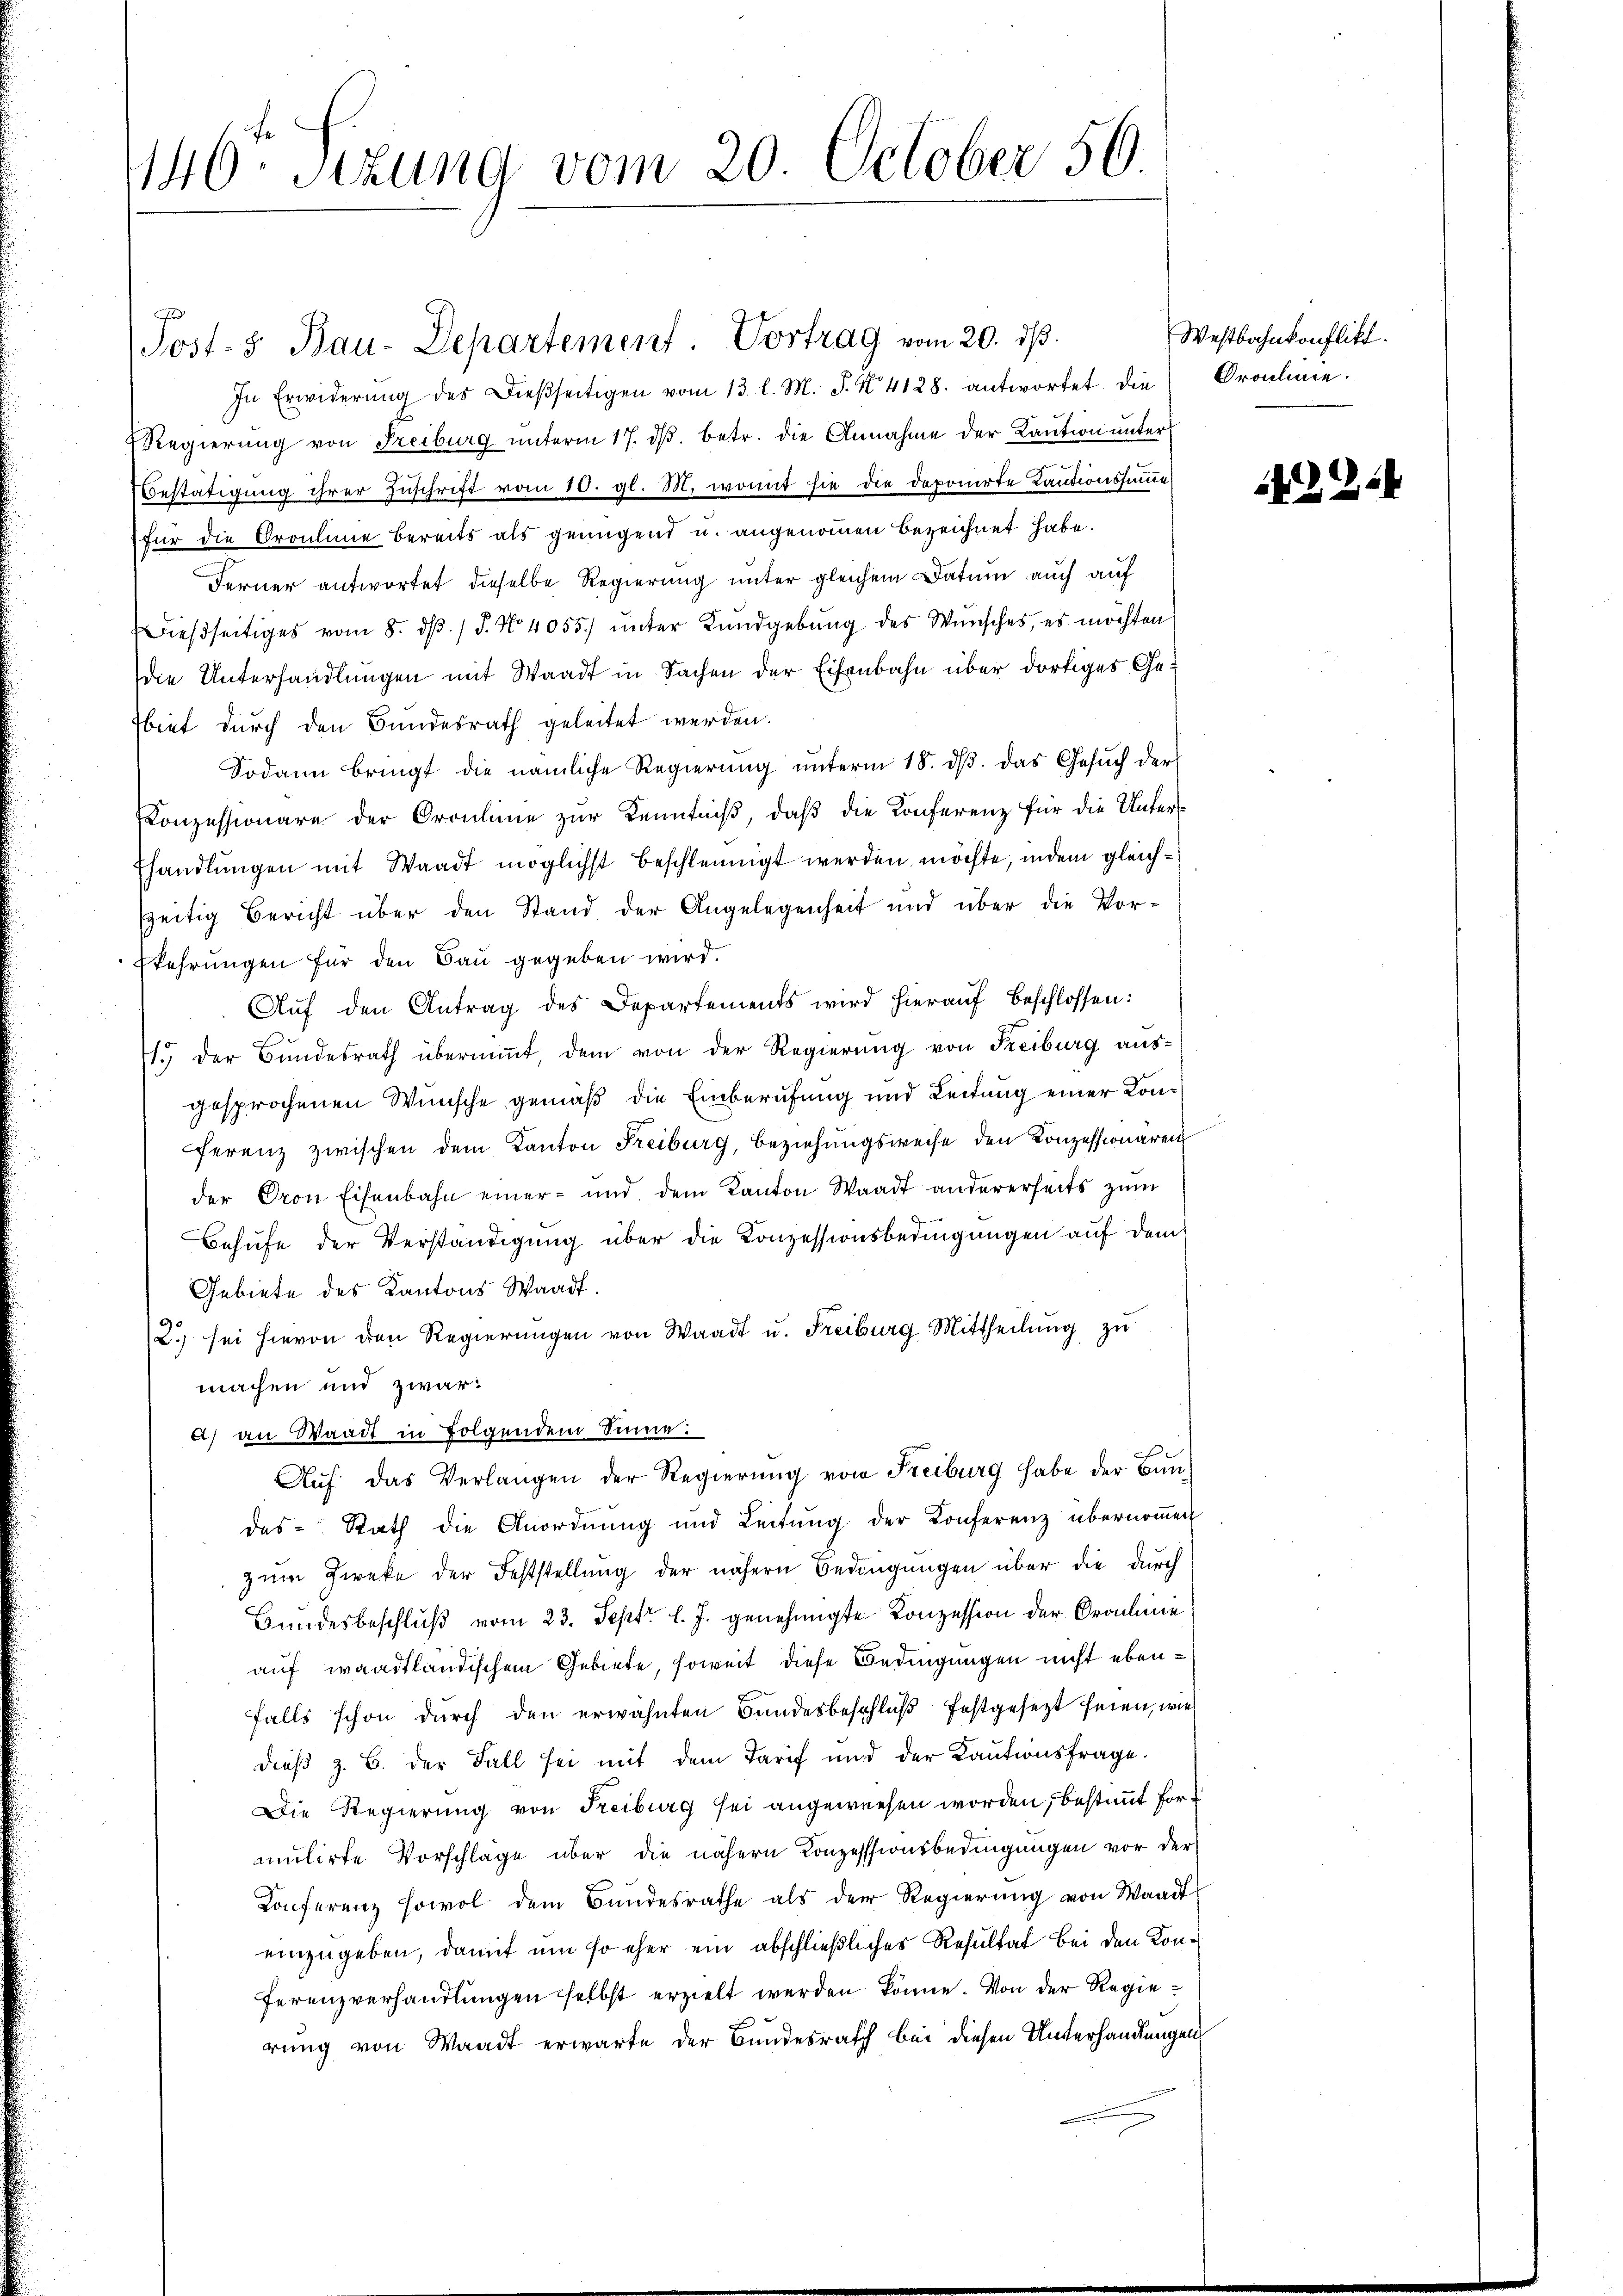
146 Sezung vom 20. October 50

In Erwiderŭng des Dieβseitigen vom 13. l. M. J. N. 4128. antwortet die Prachmie.
Regierung von Freiburg unterm 17. dβ. betr. die Annahme der Kaution unter
Bestätigung ihrer Zuschrift vom 10. gl. M. womit sie die deponirte Kautionssumme
für die Croulinie bereits als genügend u. angenommen bezeichnet habe.
Ferner antwortet dieselbe Regierung unter gleichem Datum auch auf
dießseitiges vom 8. ds. / 5. No 4055) unter Kundgebung des Wunsches, es möchten
die Unterhandlungen mit Waadt in Sachen der Eisenbahn über dortiges Gebiet durch den Bundesrath geleitet werden.
Sodann bringt die nämliche Regierŭng ŭnterm 18. dβ das Gesŭch der
Konzessionäre der Oraulinie zur Kenntniß, daß die Konferenz für die Unter¬
Ehandlungen mit Waadt möglichst beschleunigt werden möchte, indem gleichszeitig Bericht über den Stand der Angelegenheit und über die Vor¬
Ekehrungen für den Bau gegeben wird.
Auf den Antrag des Departements wird hierauf beschlossen:
1.) Der Bundesrath übernimmt, dem von der Regierung von Freiburg ausgesprochenen Wünsche gemäß die Einberufung und Leitung einer Konferenz zwischen dem Kanton Freiburg, Beziehungsweise den Konzessionaren
der Pron Eisenbahn einer- und dem Kanton Waadt andererseits zŭm
Behufe der Verständigung über die Konzessionsbedingungen auf dem
Gebiete des Kantons Waadt.
2.) sei hievon den Regierungen von Waadt u. Freiburg Mittheilung zu
machen und zwar:
a) an Waadt in Folgendem Sinne:
e
Auf das Verlangen der Regierung von Freiburg habe der Bundas Rath die Anordnung und Leitŭng der Konferenz übernoṁen
zum Zweke der Feststellung der nähern Bedingungen über die durch
Bundesbeschlŭβ vom 23. Sept. l. J. genehmigte Konzession der Oroline
auf waadtländischem Gebiete, soweit diese Bedingungen nicht ebenfalls schon durch den erwähnten Bundesbeschluß festgesezt seien, wie
dieß z. B. der Fall sei mit dem Tarif und der Kautionsfrage.
Die Regierung von Freiburg sei angewiesen worden, bestimmt fort
amulirte Vorschlage über die nähern Konzesssionsbedingungen vor der
Konferenz sowol dem Bundesrathe als der Regierŭng von Waadt
einzugeben, damit um so eher ein abschließliches Resultat bei den Konferenzverhandlungen selbst erzielt werden könne. Von der Regierŭng von Waadt erwarte der Bundesrath bei diesen Unterhandlungen

Post- & Bau-Departement. Vortrag vom 20. ds.

Westbahnkonflikt.

1224